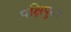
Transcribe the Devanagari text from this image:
पक्षिपुरुष